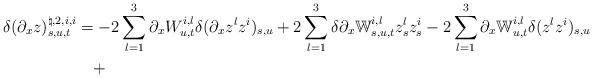
LaTeX: \begin{align*}\delta (\partial_x z )^{\natural,2,i,i}_{s,u,t}&=- 2\sum_{l=1}^3 \partial_x W_{u,t}^{i,l}\delta(\partial_x z^l z^i)_{s,u}+2\sum_{l=1}^3\delta \partial_x\mathbb{W}^{i,l}_{s,u,t}z_s^lz_s^i-2\sum_{l=1}^3 \partial_x\mathbb{W}^{i,l}_{u,t}\delta(z^lz^i)_{s,u}\\&\quad+\end{align*}